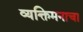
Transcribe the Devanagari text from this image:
व्यक्तिमनाचा